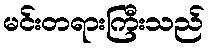
မင်းတရားကြီးသည်